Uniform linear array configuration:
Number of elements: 32
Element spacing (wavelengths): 0.75
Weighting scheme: hann
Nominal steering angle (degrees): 30
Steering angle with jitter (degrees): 31.775
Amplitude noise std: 0.05
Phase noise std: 0.05

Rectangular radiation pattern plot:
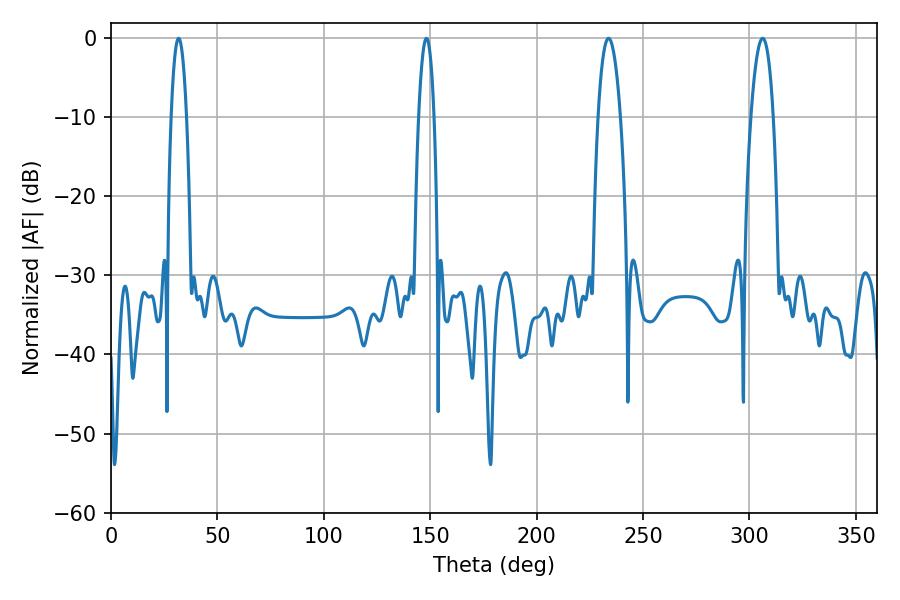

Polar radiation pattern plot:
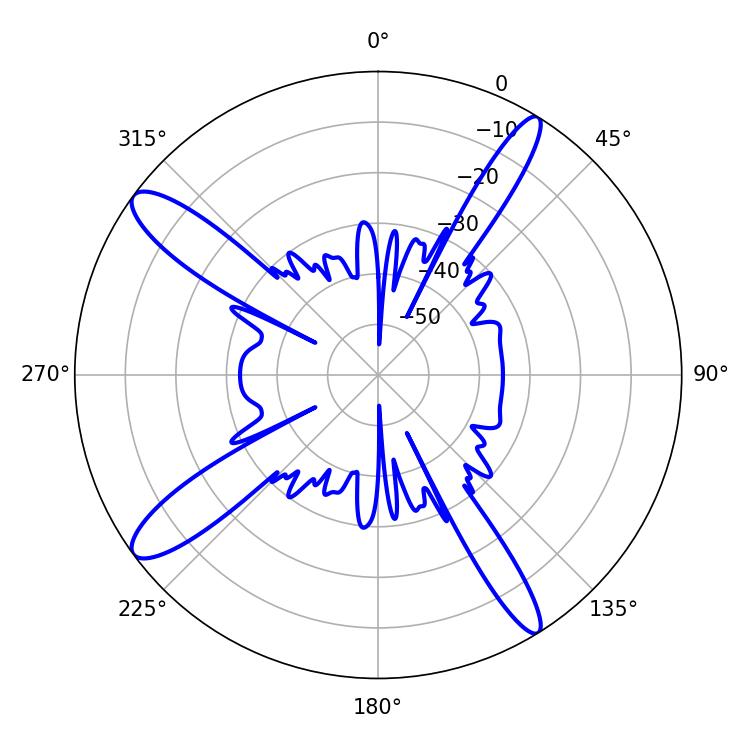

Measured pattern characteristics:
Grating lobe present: TRUE
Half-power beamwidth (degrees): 5.94
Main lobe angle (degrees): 233.82